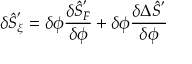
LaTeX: \delta { \hat { S } } _ { \xi } ^ { ' } = \delta \phi \frac { \delta { \hat { S } } _ { F } ^ { ' } } { \delta \phi } + \delta \phi \frac { \delta \Delta { \hat { S } } ^ { ' } } { \delta \phi }